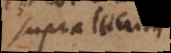
supra locum